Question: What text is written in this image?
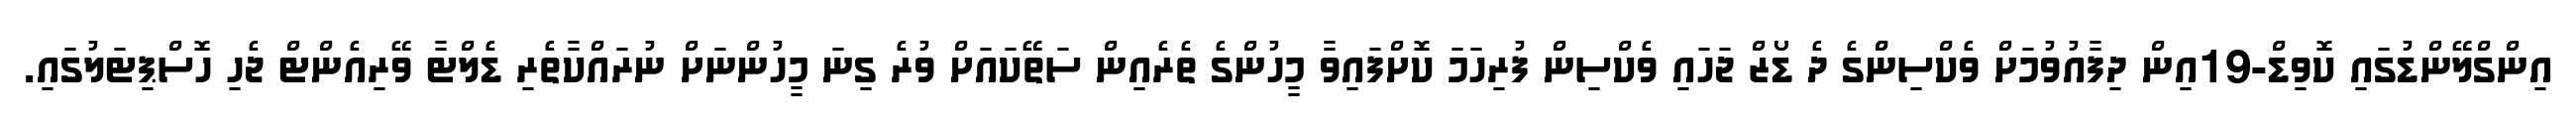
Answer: އިންގްލޭންޑުގައި ކޮވިޑް-19އިން ދިފާއުވުމަށް ވެކްސިންްގެ ދެ ޑޯޒް ޖަހައި ވެކްސިން ފުރިހަމަ ކޮށްފައިވާ މީހުންގެ ތެރެއިން ސަތޭކައަށް ވުރެ ގިނަ މީހުންނަށް ނުރައްކާތެރި ޑެލްޓާ ވޭރިއެންޓް ޖެހި ހޮސްޕިޓަލުގައި.